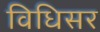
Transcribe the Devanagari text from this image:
विधिसर